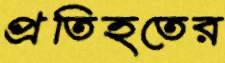
প্রতিহতের